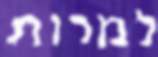
למרות